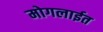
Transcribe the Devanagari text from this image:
मोगलाईत